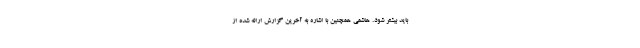
باید بیشتر شود. هاشمی همچنین با اشاره به آخرین گزارش ارائه شده از